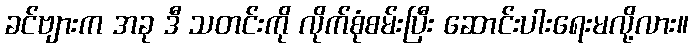
ခင်ဗျားက အခု ဒီ သတင်းကို လိုက်စုံစမ်းပြီး ဆောင်းပါးရေးမလို့လား။